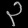
Digit: ၃